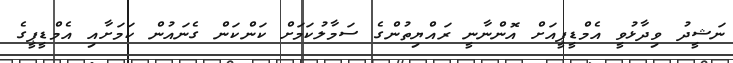
ނަޝީދު ވިދާޅުވީ އެމްޑީޕީއަށް އޮންނާނީ ރައްޔިތުންގެ ސަމާލުކަމަށް ކަންކަން ގެނައުން ކަމަށާއި އެމްޑީޕީގެ